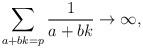
LaTeX: \begin{align*} \sum_{a + bk = p} \frac{1}{a + bk} \to \infty, \end{align*}